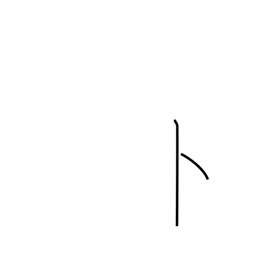
Meaning: divining